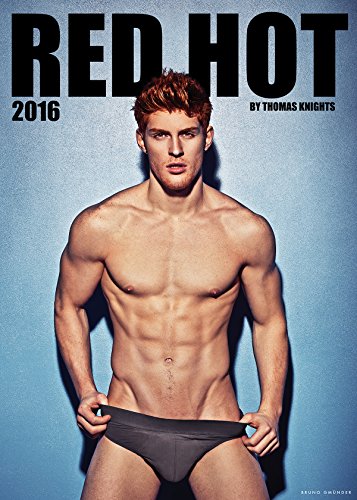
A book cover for Red Hot Calendar 2016; Arts & Photography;